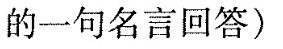
的一句名言回答)